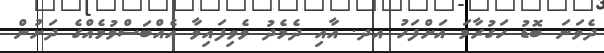
ދެވަނަ ބޮޑު ހަގުރާމަ އަށްފަހު އދ. އާއި ދެމެދު ވެވިފައިވާ އެއްބަސްވުމެއްގެ ދަށުން